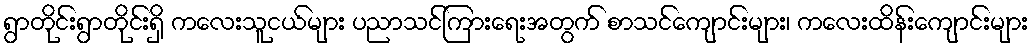
ရွာတိုင်းရွာတိုင်းရှိ ကလေးသူငယ်များ ပညာသင်ကြားရေးအတွက် စာသင်ကျောင်းများ၊ ကလေးထိန်းကျောင်းများ